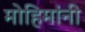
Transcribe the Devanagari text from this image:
मोहिमांनी